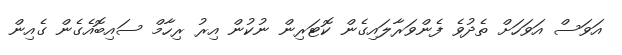
އަވަސް އަވަހަށް ތެދުވެ ފެންވަރާލައިގެން ކޮޓަރިން ނުކުން އިރު ރިހާމް ސައިބޮއެގެން ގެއިން